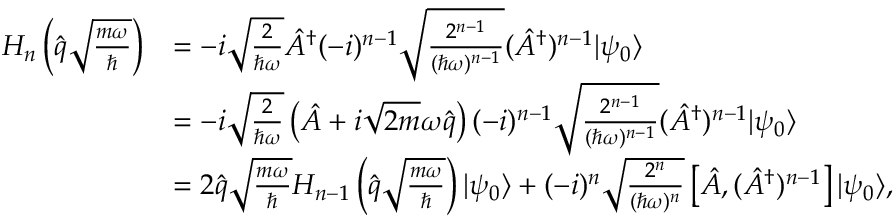
\begin{array} { r l } { H _ { n } \left( \hat { q } \sqrt { \frac { m \omega } { \hbar } } \right) } & { = - i \sqrt { \frac { 2 } { \hbar \omega } } \hat { A } ^ { \dagger } ( - i ) ^ { n - 1 } \sqrt { \frac { 2 ^ { n - 1 } } { ( \hbar \omega ) ^ { n - 1 } } } ( \hat { A } ^ { \dagger } ) ^ { n - 1 } | \psi _ { 0 } \rangle } \\ & { = - i \sqrt { \frac { 2 } { \hbar \omega } } \left( \hat { A } + i \sqrt { 2 m } \omega \hat { q } \right) ( - i ) ^ { n - 1 } \sqrt { \frac { 2 ^ { n - 1 } } { ( \hbar \omega ) ^ { n - 1 } } } ( \hat { A } ^ { \dagger } ) ^ { n - 1 } | \psi _ { 0 } \rangle } \\ & { = 2 \hat { q } \sqrt { \frac { m \omega } { \hbar } } H _ { n - 1 } \left( \hat { q } \sqrt { \frac { m \omega } { \hbar } } \right) | \psi _ { 0 } \rangle + ( - i ) ^ { n } \sqrt { \frac { 2 ^ { n } } { ( \hbar \omega ) ^ { n } } } \left[ \hat { A } , ( \hat { A } ^ { \dagger } ) ^ { n - 1 } \right] | \psi _ { 0 } \rangle , } \end{array}